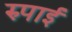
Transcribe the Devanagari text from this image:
रुपाई